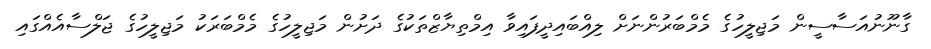
ގާނޫނުއަސާސީން މަޖިލީހުގެ މެމްބަރުންނަށް ލިއްބައިދީފައިވާ އިމްތިޔާޒްތަކުގެ ދަށުން މަޖިލީހުގެ މެމްބަރަކު މަޖިލީހުގެ ޖަލްސާއެއްގައި